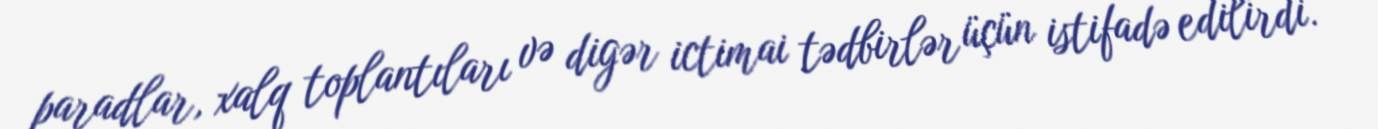
paradlar, xalq toplantıları və digər ictimai tədbirlər üçün istifadə edilirdi.